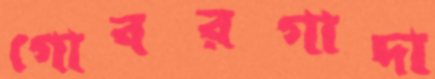
গোবরগাদা